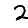
Digit: 2